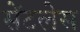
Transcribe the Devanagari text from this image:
सेंटलेस